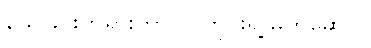
သေခြင်းတရားဟာ လူတိုင်းရဲ့ မိတ်ဆွေပဲ။